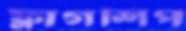
ফ্লাগশিপ